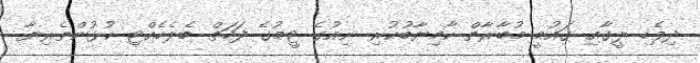
ދިވެހި ލީގާއި ގައުމީ މުބާރާތް ކާމިޔާބުކުރި ނިއުގެ ޓީމުގެ ފަހަތް ބެލެހެއްޓި ކުޅުންތެރިޔާ